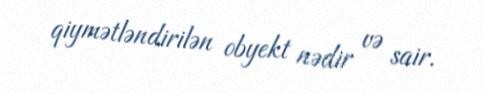
qiymətləndirilən obyekt nədir və sair.